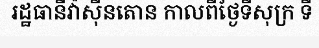
រដ្ឋធានីវ៉ាស៊ីនតោន កាលពីថ្ងៃទីសុក្រ ទី